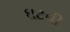
ઘટવી